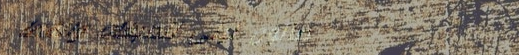
صالون ليلى للصبغات والقصا